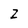
Character: z